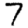
Digit: 7